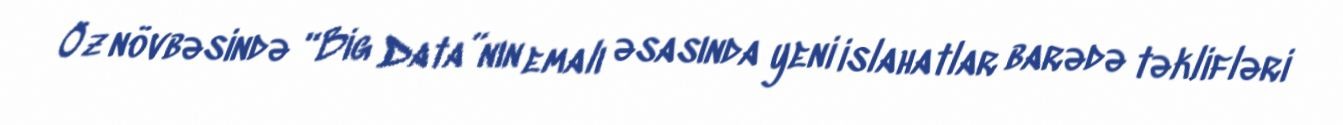
Öz növbəsində “Big Data”nın emalı əsasında yeni islahatlar barədə təklifləri